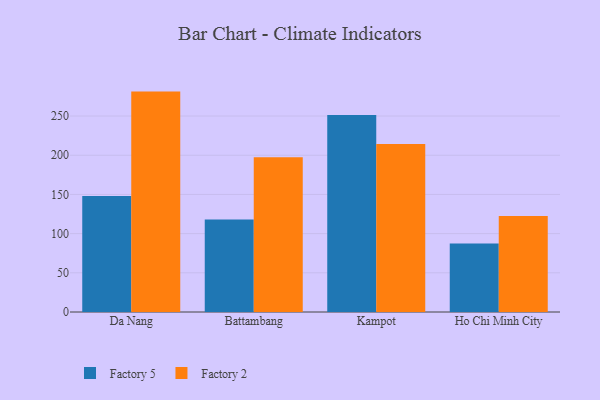
{"axis": {"x": "City", "y": "Production Output"}, "legend": ["Factory 2", "Factory 5"], "data": [{"x": "Da Nang", "y": 147.9, "type": "Factory 5"}, {"x": "Da Nang", "y": 281.2, "type": "Factory 2"}, {"x": "Battambang", "y": 118.1, "type": "Factory 5"}, {"x": "Battambang", "y": 197.5, "type": "Factory 2"}, {"x": "Kampot", "y": 251.4, "type": "Factory 5"}, {"x": "Kampot", "y": 214.5, "type": "Factory 2"}, {"x": "Ho Chi Minh City", "y": 87.4, "type": "Factory 5"}, {"x": "Ho Chi Minh City", "y": 122.4, "type": "Factory 2"}]}